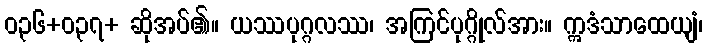
ဝ၃၆+၀၃၇+ ဆိုအပ်၏။ ယဿပုဂ္ဂလဿ၊ အကြင်ပုဂ္ဂိုလ်အား။ ဣဒံသာထေယျံ၊